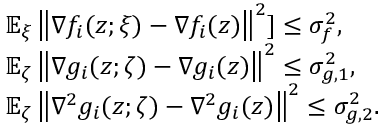
\begin{array} { r l } & { \mathbb { E } _ { \xi } \left\| \nabla f _ { i } ( z ; \xi ) - \nabla f _ { i } ( z ) \right\| ^ { 2 } ] \leq \sigma _ { f } ^ { 2 } , } \\ & { \mathbb { E } _ { \zeta } \left\| \nabla g _ { i } ( z ; \zeta ) - \nabla g _ { i } ( z ) \right\| ^ { 2 } \leq \sigma _ { g , 1 } ^ { 2 } , } \\ & { \mathbb { E } _ { \zeta } \left\| \nabla ^ { 2 } g _ { i } ( z ; \zeta ) - \nabla ^ { 2 } g _ { i } ( z ) \right\| ^ { 2 } \leq \sigma _ { g , 2 } ^ { 2 } . } \end{array}